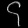
Digit: ၄